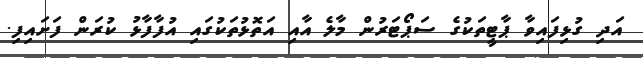
އަދި ގުޅިފައިވާ ޕާޓީތަކުގެ ސަޕޯޓަރުން މާލެ އާއި އަތޮޅުތަކުގައި އުފާފާޅު ކުރަން ފަށައިފި.